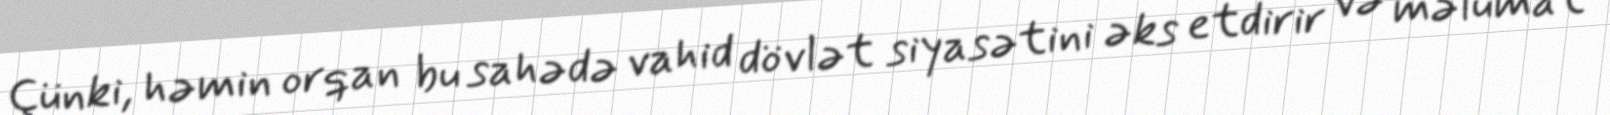
Çünki, həmin orqan bu sahədə vahid dövlət siyasətini əks etdirir və məlumat